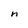
Character: n